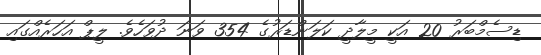
ޑިސެމްބަރު 20 އަކީ މީލާދީ ކަލަންޑަރުގެ 354 ވަނަ ދުވަހެވެ. ލީޕް އަހަރެއްގައި